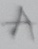
Text: A